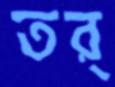
তর্